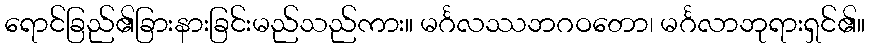
ရောင်ခြည်၏ခြားနားခြင်းမည်သည်ကား။ မင်္ဂလဿဘဂဝတော၊ မင်္ဂလာဘုရားရှင်၏။